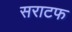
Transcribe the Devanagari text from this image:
सराटफ